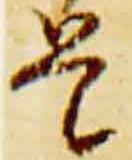
是